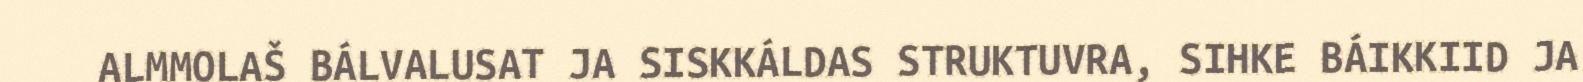
ALMMOLAŠ BÁLVALUSAT JA SISKKÁLDAS STRUKTUVRA, SIHKE BÁIKKIID JA